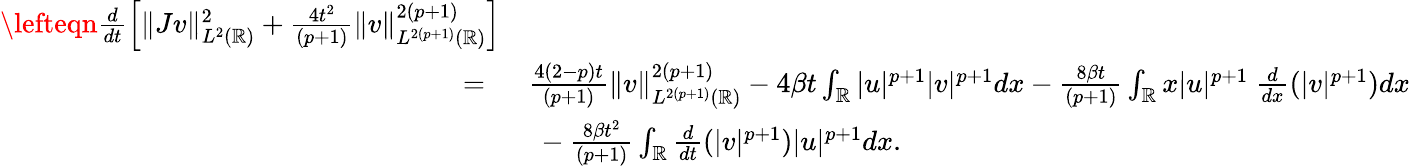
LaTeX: \begin{array}{rl}{\lefteqn{\frac{d}{dt}\left[\| Jv\| _{L^{2}(\mathbb{R})}^{2}+\frac{4t^{2}}{(p+1)}\| v\| _{L^{2(p+1)}(\mathbb{R})}^{2(p+1)}\right]}}\\ {=\ }&{\frac{4(2-p)t}{(p+1)}\| v\| _{L^{2(p+1)}(\mathbb{R})}^{2(p+1)}-4\beta t\int_{\mathbb{R}}|u|^{p+1}|v|^{p+1}dx-\frac{8\beta t}{(p+1)}\int_{\mathbb{R}}x|u|^{p+1}\ \frac{d}{dx}(|v|^{p+1})dx}\\ &{\ -\frac{8\beta t^{2}}{(p+1)}\int_{\mathbb{R}}\frac{d}{dt}(|v|^{p+1})|u|^{p+1}dx.}\end{array}